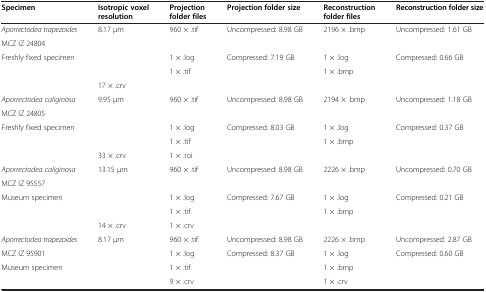
<table><thead><tr><td><b>Specimen</b></td><td><b>Isotropic voxel resolution</b></td><td><b>Projection folder files</b></td><td><b>Projection folder size</b></td><td><b>Reconstruction folder files</b></td><td><b>Reconstruction folder size</b></td></tr></thead><tbody><tr><td><i>Aporrectodea trapezoides</i></td><td>8.17 μm</td><td>960 × .tif</td><td>Uncompressed: 8.98 GB</td><td>2196 × .bmp</td><td>Uncompressed: 1.61 GB</td></tr><tr><td>MCZ IZ 24804</td><td rowspan="3"> </td><td> </td><td> </td><td> </td><td> </td></tr><tr><td rowspan="3">Freshly fixed specimen</td><td>1 × .log</td><td>Compressed: 7.19 GB</td><td>1 × .log</td><td>Compressed: 0.66 GB</td></tr><tr><td>1 × .tif</td><td rowspan="2"> </td><td>1 × .bmp</td><td rowspan="2"> </td></tr><tr><td> </td><td>17 × .crv</td><td> </td></tr><tr><td><i>Aporrectodea caliginosa</i></td><td>9.95 μm</td><td>960 × .tif</td><td>Uncompressed: 8.98 GB</td><td>2194 × .bmp</td><td>Uncompressed: 1.18 GB</td></tr><tr><td>MCZ IZ 24805</td><td rowspan="3"> </td><td> </td><td> </td><td> </td><td> </td></tr><tr><td rowspan="3">Freshly fixed specimen</td><td>1 × .log</td><td>Compressed: 8.03 GB</td><td>1 × .log</td><td>Compressed: 0.37 GB</td></tr><tr><td>1 × .tif</td><td rowspan="2"> </td><td>1 × .bmp</td><td rowspan="2"> </td></tr><tr><td> </td><td>33 × .crv</td><td>1 × .roi</td></tr><tr><td><i>Aporrectodea caliginosa</i></td><td>13.15 μm</td><td>960 × .tif</td><td>Uncompressed: 8.98 GB</td><td>2226 × .bmp</td><td>Uncompressed: 0.70 GB</td></tr><tr><td>MCZ IZ 95557</td><td rowspan="3"> </td><td> </td><td> </td><td> </td><td> </td></tr><tr><td rowspan="3">Museum specimen</td><td>1 × .log</td><td>Compressed: 7.67 GB</td><td>1 × .log</td><td>Compressed: 0.21 GB</td></tr><tr><td>1 × .tif</td><td rowspan="2"> </td><td>1 × .bmp</td><td rowspan="2"> </td></tr><tr><td> </td><td>14 × .crv</td><td>1 × .crv</td></tr><tr><td><i>Aporrectodea trapezoides</i></td><td rowspan="4">8.17 μm</td><td>960 × .tif</td><td>Uncompressed: 8.98 GB</td><td>2226 × .bmp</td><td>Uncompressed: 2.87 GB</td></tr><tr><td>MCZ IZ 95901</td><td>1 × .log</td><td>Compressed: 8.37 GB</td><td>1 × .log</td><td>Compressed: 0.60 GB</td></tr><tr><td rowspan="2">Museum specimen</td><td>1 × .tif</td><td rowspan="2"> </td><td>1 × .bmp</td><td rowspan="2"> </td></tr><tr><td>9 × .crv</td><td>1 × .crv</td></tr></tbody></table>